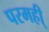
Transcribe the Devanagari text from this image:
परमही्